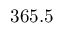
3 6 5 . 5